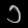
Digit: ၁